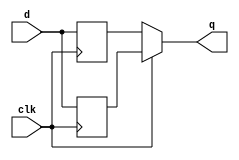
module top_module (
    input clk,
    input d,
    output q
);
    reg q_pos, q_neg;
    
    always @(posedge clk) begin
        q_pos <= d;
    end
    
    always @(negedge clk) begin
        q_neg <= d;
    end
    
    assign q = clk ? q_pos : q_neg;

endmodule